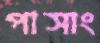
পাসাং